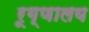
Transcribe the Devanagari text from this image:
रूग्‍णालय